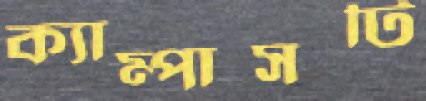
ক্যাম্পাসটি